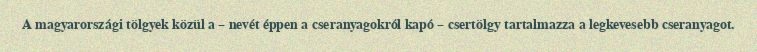
A magyarországi tölgyek közül a – nevét éppen a cseranyagokról kapó – csertölgy tartalmazza a legkevesebb cseranyagot.